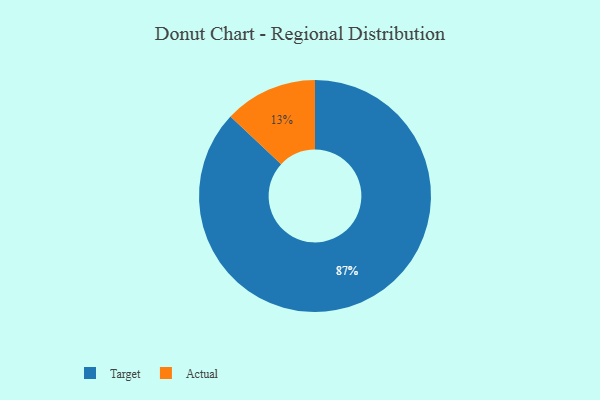
{"axis": {"x": "Category", "y": "Percentage"}, "legend": ["Actual", "Target"], "data": [{"x": "Actual", "y": 13, "type": "Actual"}, {"x": "Target", "y": 87, "type": "Target"}]}